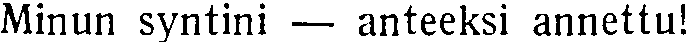
Minun syntini — anteeksi annettu!